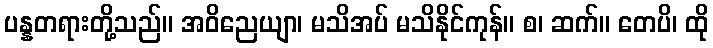
ပန္နတရားတို့သည်။ အဝိညေယျာ၊ မသိအပ် မသိနိုင်ကုန်။ စ၊ ဆက်။ တေပိ၊ ထို